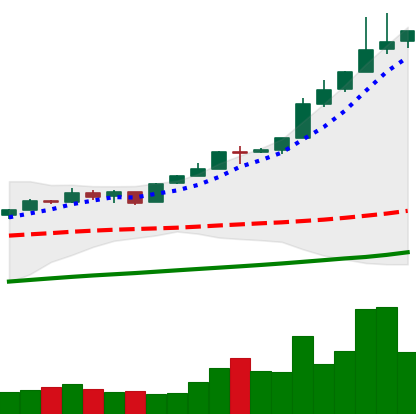
Ticker: BTC-USD
Chart end date: 2017-05-06
Forward return: 17.087%
Label: up_7plus